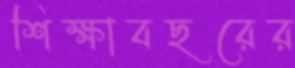
শিক্ষাবছরের